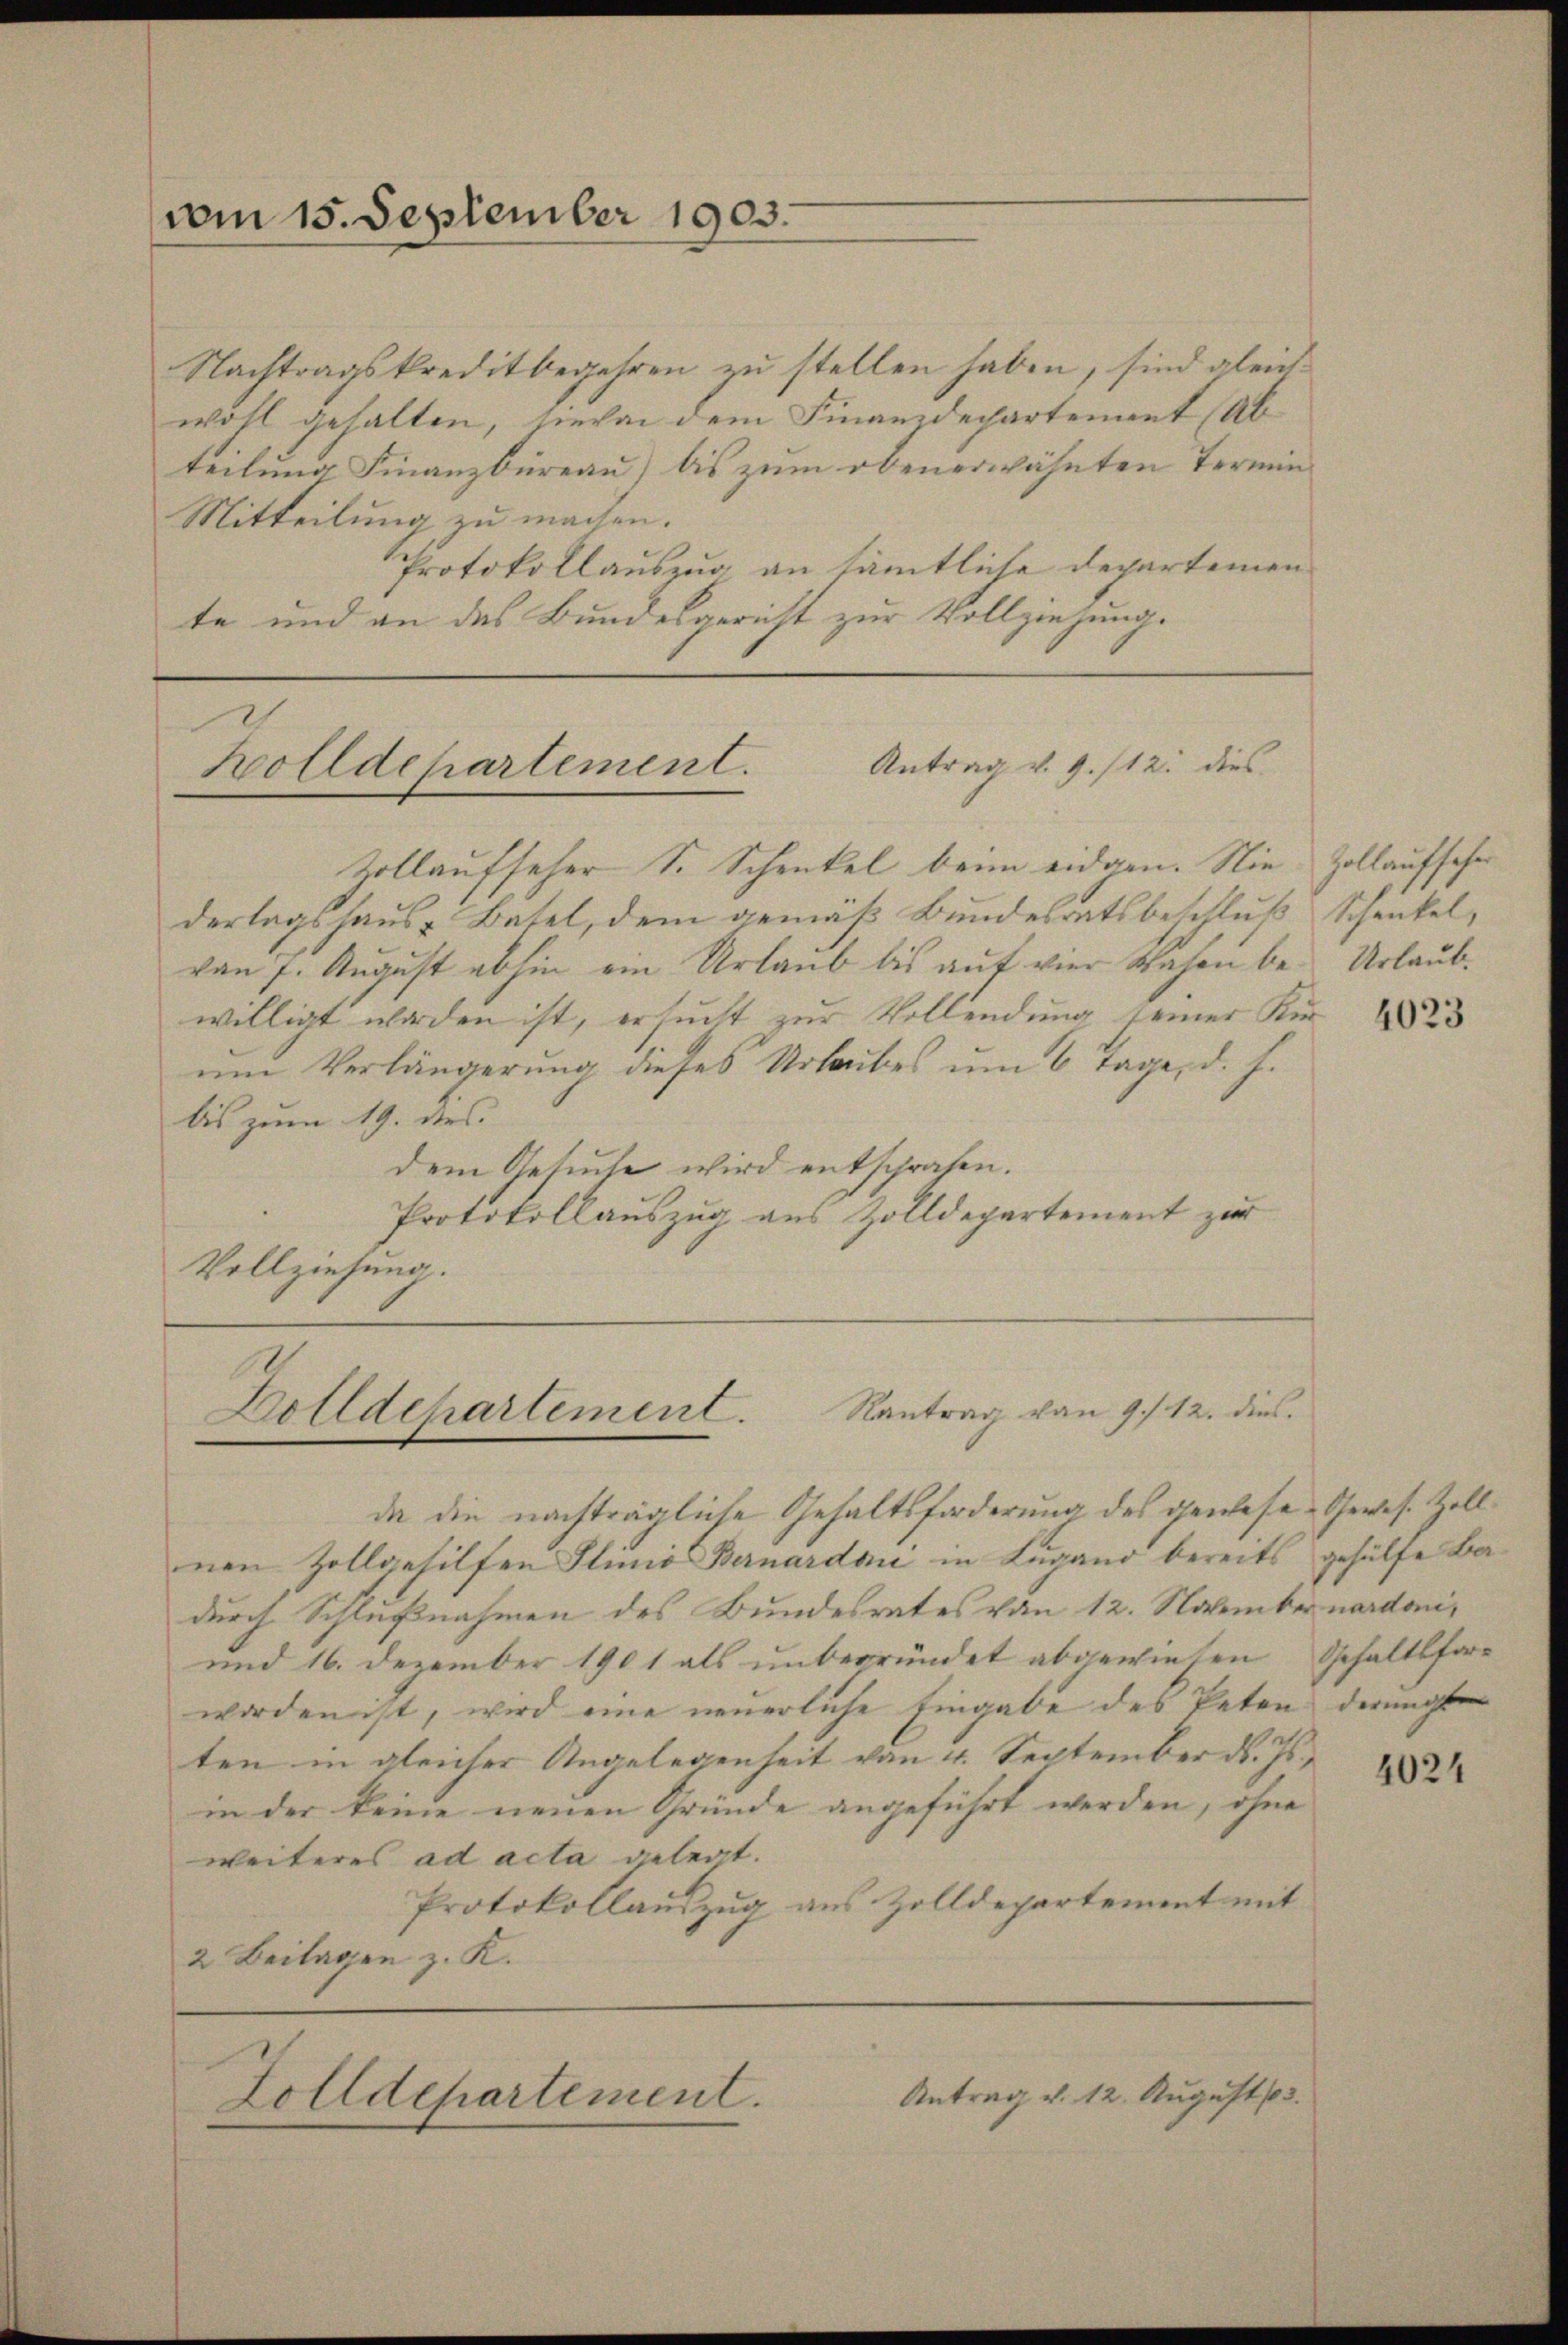
vom 15. September 1903.

Nachtragskreditbegehren zu stellen haben, sind gleichwohl gehalten, hievon dem Finanzdepartement (Ab
teilung Finanzbüreau) bis zum obenerwähnten Termin¬
Mitteilung zu machen.
Protokollauszug an sämmtliche Departemen
te und an das Bundesgericht zur Vollziehung.

Holldepartement. Antrag v. 9./12. dies

Zollaufseher S. Schenkel beim eidgen. Nie Zollaufseher
derlagshaus Batel, dem gemäß Bundesratsbeschluß Schenkel,
von 7. August abhin ein Urlaub bis auf vier Wahrn be- Urlaubwilligt worden ist, ersucht zur Vollendung seiner Kn
um Verlängerung dieses Urlaubes um 6 Tage, d. h.
bis zum 19. des
dem Gesuche wird entschraten.
Protokollauszug aus Zolldepartement zur
Vollziehung.

Dolldepartement.

da die nachträgliche Gehaltsforderung des gewesen Gewes. Zollnen Zollgehilfen Slinio Bernardoni in Lugano bereits gehülfe Badurch Schlußnahmen des Bundesrates von 12. November nardoni¬
und 16. Dezember 1901 als unbegründet abgewiesen Gehaltsforworden ist, wird eine neuerliche Eingabe des Peten derungs
ten in gleicher Angelegenheit von 4. September d. Js.
in der keine neuen Gründe angeführt werden, ohne
weiteres ad acta gelegt.
Protokollauszug aus Zolldepartement mit
2 Beilagen z. K.

Zolldepartement.

Rantrag von 9./12. die

Antrag v. 12. August 13.

4023

4024